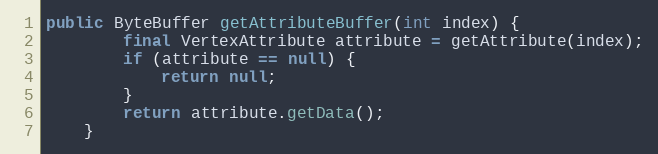
Language: Java
public ByteBuffer getAttributeBuffer(int index) {
        final VertexAttribute attribute = getAttribute(index);
        if (attribute == null) {
            return null;
        }
        return attribute.getData();
    }